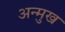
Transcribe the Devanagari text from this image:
अन्मुख